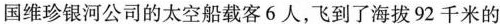
国维珍银河公司的太空船载客6人，飞到了海拔92千米的